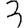
Digit: 3